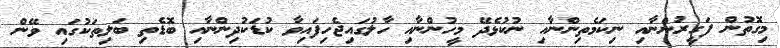
މިގޮތުން ފަގީރުންނާއި ނިކަމެތިންނާއި ނުކުޅެދޭ މީހުންނާއި ހާލުގައިޖެހިފައިވާ ކުޑަކުދިންނާއި ބޮޑެތި ބަލިތަކުގައި ވޭން